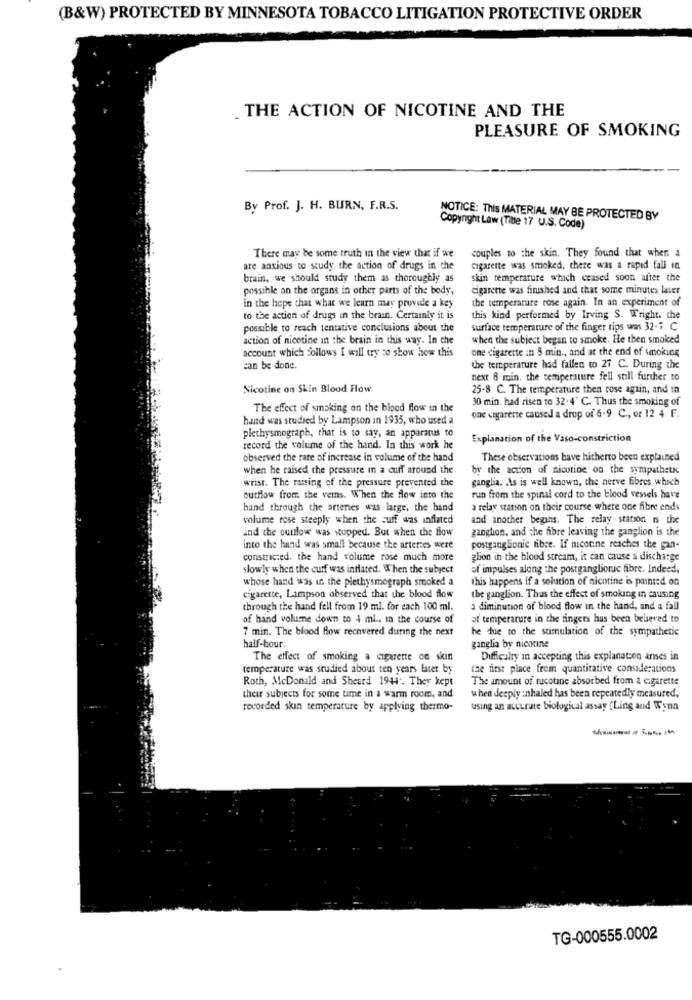
(B&W) PROTECTED BY MINNESOTA TOBACCO LITIGATION PROTECTIVE ORDER
. THE ACTION OF NICOTINE AND THE
PLEASURE OF SMOKING
By Prof. J. H. BURN, F.R.S.
NOTICE: This MATERIAL MAY BE PROTECTED BY
Copyright Law (Title 17 U.S. Code)
couples to the skin. They found that when a
There may be some truth in the view that if we
are anxious to study the action of drugs in the
cigarette was smoked, there was a rapid fall in
brain, we should study them as thoroughly as
skin temperature which ceased soon after the
possible on the organs in other parts of the body,
cigarette was finished and that some minutes later
the temperature rose again. In an experiment of
in the hope chat what we learn may provide a key
to the action of drugs in the brain. Certainly it is
this kind performed by Irving S. Wright. che
possible to reach tentative conclusions about the
surface temperature of the finger tips was 32- C
action of nicotine in the brain in this way. In the
when the subject began to smoke. He then smoked
account which follows I will try to show how this
one cigarette in $ min ., and at the end of smoking
can be done.
the temperature had fallen to 27 C. During the
next 8 min, the temperature fell still further to
Nicotine on Skin Blood Flow
25-8 C. The temperature then rose again, and in
30 min. had risen to 32.4' C. Thus the smoking of
The effect of smoking on the blood flow in the
hand was studied by Lampson in 1935, who used a
one cigarette caused a drop of 6-9 C ., or 12 4 F.
plethysmograph, that is to say, an apparatus to
Explanation of the Vaso-constriction
record the volume of the hand. In this work he
observed the rate of increase in volume of the hand
These observations have hitherto been explained
when he raised the pressure in a cuff around the
by the action of nicotine on the sympathstx
wrist. The raising of the pressure prevented the
ganglia. . As is well known, the nerve fibres which
outflow from the vems. When the flow into the
run from the spinal cord to the blood vessels have
hand through the artenes was large, the hand
a relay station on their course where one fibre ends
volume rose steeply when the suff was inflated
and another begins. The relay station is the
and the outflow was stopped. But when the flow
ganglion, and the fibre leaving the ganglion is the
into the hand was small because the arterses were
postganglionic fibre. If nicotine reaches the gan-
constructed. the hand volume rose much more
glion in the blood stream, it can cause a discharge
slowly when the cuff was inflated. When the subject
of impulses along the postganglionc fibre. Indeed,
whose hand was in the plethysmograph smoked a
this happens if a solution of nicotine is painted on
cigarette, Lampson observed that the blood flow
the ganglion. Thus the effect of smoking in causing
through the hand fell from 19 ml. for each 100 ml.
a diminution of blood flow in the hand, and a fall
of hand volume down to 4 ml .. in the course of
at temperature in the fingers has been believed to
7 min. The blood flow recovered during the next
be due to the stimulation of the sympathetic
half-bour.
ganglia by nicotine
The effect of smoking a cigarette on skin
Difficulty in accepting this explanation anses in
temperature was studied about ten years later by
the first place from quantitative considerations
Roth, McDonald and Sheard 1944. They kept
The amount of rucotine absorbed from 2 cigarette
their subjects for some time in a warm room, and
when deeply :nhaled has been repeatedly measured,
recorded skin temperature by applying thermo-
using an accurate biological assay (Ling and Wynn
TG-000555.0002